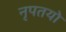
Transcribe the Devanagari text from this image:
नृपतयो